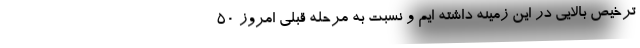
ترخیص بالایی در این زمینه داشته ایم و نسبت به مرحله قبلی امروز ۵۰